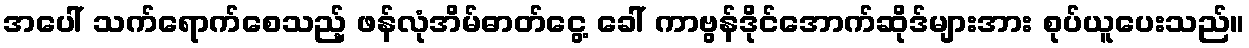
အပေါ် သက်ရောက်စေသည့် ဖန်လုံအိမ်ဓာတ်ငွေ့ ခေါ် ကာဗွန်ဒိုင်အောက်ဆိုဒ်များအား စုပ်ယူပေးသည်။